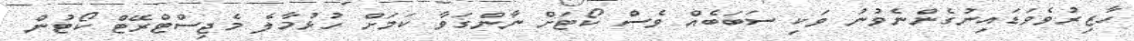
ހާޒިރުވެވަޑައިނުގެންނެވުނު ވަކި ސަބަބެއް ވެސް ކޯޓަށް ނާންގަވާ ކަމަށް ހުޅުމާލެ މެޖިސްޓްރޭޓް ކޯޓުން